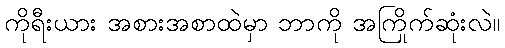
ကိုရီးယား အစားအစာထဲမှာ ဘာကို အကြိုက်ဆုံးလဲ။